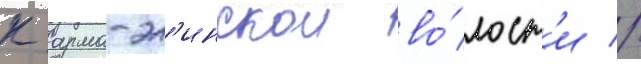
к арма-эл'инскои во́лост'и //